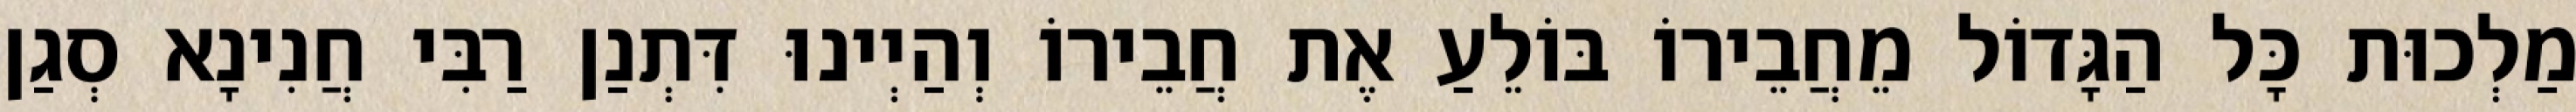
מַלְכוּת כָּל הַגָּדוֹל מֵחֲבֵירוֹ בּוֹלֵעַ אֶת חֲבֵירוֹ וְהַיְינוּ דִּתְנַן רַבִּי חֲנִינָא סְגַן